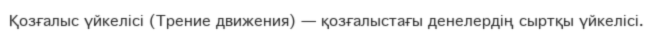
Қозғалыс үйкелісі (Трение движения) — қозғалыстағы денелердің сыртқы үйкелісі.